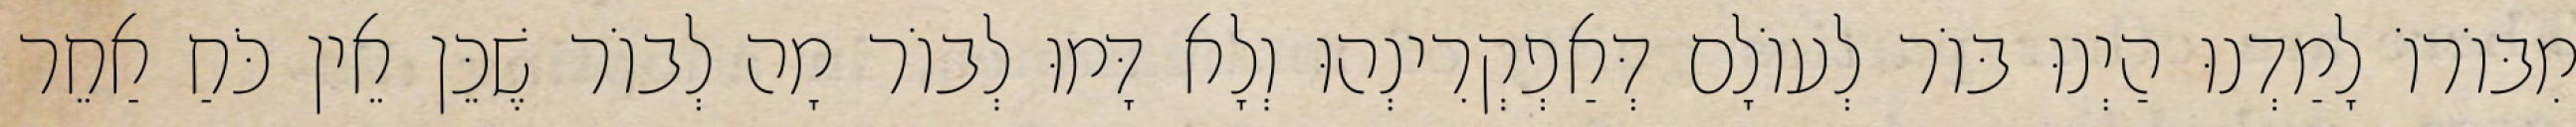
מִבּוֹרוֹ לָמַדְנוּ הַיְנוּ בּוֹר לְעוֹלָם דְּאַפְקְרִינְהוּ וְלָא דָּמוּ לְבוֹר מָה לְבוֹר שֶׁכֵּן אֵין כֹּחַ אַחֵר